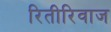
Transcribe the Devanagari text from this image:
रितीरिवाज